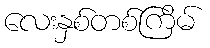
လေးနှစ်တစ်ကြိမ်